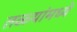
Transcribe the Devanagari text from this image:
तळ्यांमध्ये